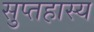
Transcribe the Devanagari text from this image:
सुप्तहास्य